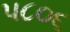
પ૮૦૬